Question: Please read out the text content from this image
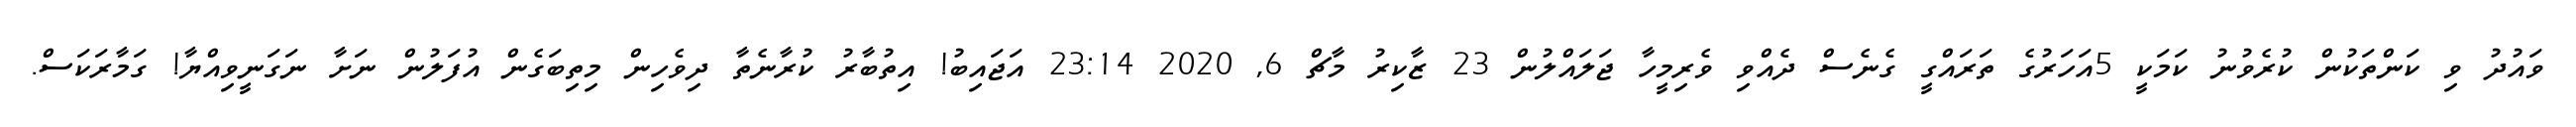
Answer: ވައުދު ވި ކަންތަކުން ކުރެވުނު ކަމަކީ 5އަހަރުގެ ތަރައްގީ ގެނެސް ދެއްވި ވެރިމީހާ ޖަލައްލުން 23 ޒާކިރު މާޗް 6, 2020 23:14 އަޖައިބު! އިތުބާރު ކުރާނެތާ ދިވެހިން މިތިބަގެން އުފަލުން ނަށާ ނަގަނީވިއްޔާ! ގަމާރަކަސް.